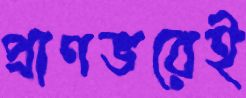
প্রাণভরেই